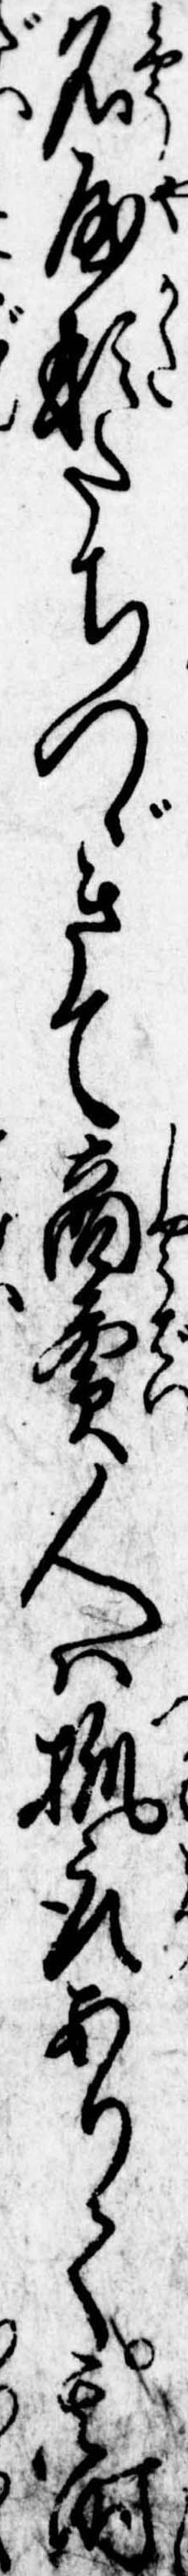
名屋形たちつゞきて商売人は抓取ありて其時